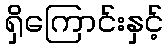
ရှိကြောင်းနှင့်